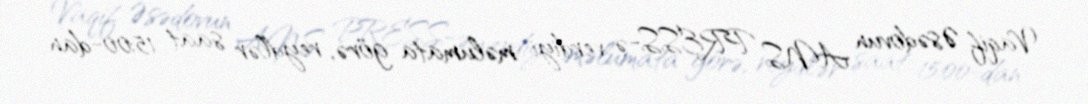
Vaqif Əsədovun ANS PRESS-ə verdiyi məlumata görə, reydlər saat 15:00-dan